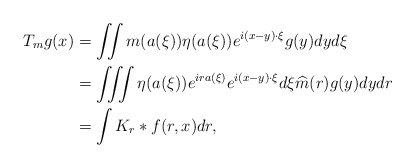
\begin{align*}T_m g(x) &= \iint m(a(\xi)) \eta(a(\xi)) e^{i(x-y) \cdot \xi} g(y) dy d\xi \\&= \iiint \eta(a(\xi))e^{ira(\xi)} e^{i(x-y) \cdot \xi } d\xi \widehat{m}(r) g(y)dy dr \\&= \int K_r * f(r, x) dr, \end{align*}